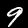
Digit: 9